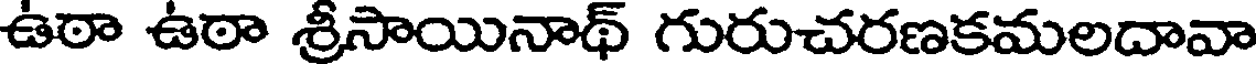
ఉఠా ఉఠా శ్రీసాయినాథ్ గురుచరణకమలదావా